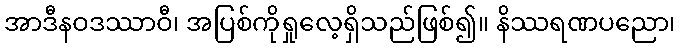
အာဒီနဝဒဿာဝီ၊ အပြစ်ကိုရှုလေ့ရှိသည်ဖြစ်၍။ နိဿရဏပညော၊